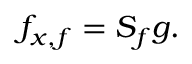
f _ { x , f } = S _ { f } g .